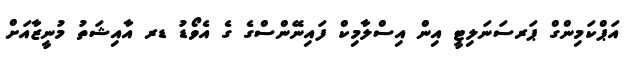
އަޕްކަމިންގް ޕަރސަނަލިޓީ އިން އިސްލާމިކް ފައިނޭންސްގެ ގެ އެވޯޑު ޑރ އާއިޝަތު މުނީޒާއަށް